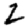
Digit: 2